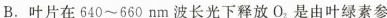
B.叶片在640~560nm波长光下释放O_{2}是由叶绿素参